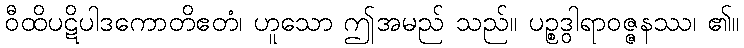
ဝီထိပဋိပါဒကောတိဧတံ၊ ဟူသော ဤအမည် သည်။ ပဉ္စဒွါရာဝဇ္ဇနဿ၊ ၏။